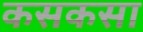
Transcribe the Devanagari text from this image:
कसकसा